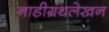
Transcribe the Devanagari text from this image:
नाडीग्रंथलेखन